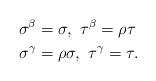
LaTeX: \begin{align*}\sigma^{\beta}&=\sigma, \ \tau^{\beta}=\rho\tau \ \\\sigma^{\gamma}&=\rho\sigma, \ \tau^{\gamma}=\tau.\end{align*}